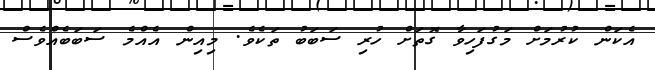
އެކަން ކުރުމަށް މަގުފަހިވާ ގޮތަށް ހުރި ސަބަބު ތަކެވެ. މިއިން އެއްމެ ސަބަބެއްވެސް